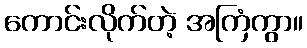
ကောင်းလိုက်တဲ့ အကြံကွာ။